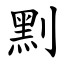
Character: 䵞